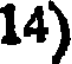
14)